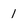
Character: 1